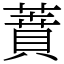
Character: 蕡